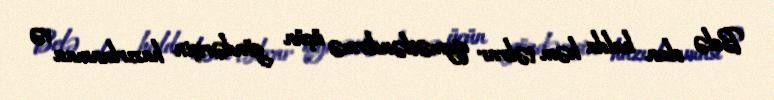
Belə olan halda həm təkrar qiymətləndirmə üçün göndərişin hazırlanması və